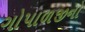
ગોપાળજીનો